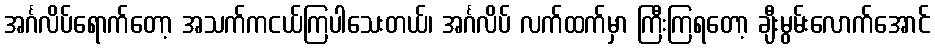
အင်္ဂလိပ်ရောက်တော့ အသက်ကငယ်ကြပါသေးတယ်၊ အင်္ဂလိပ် လက်ထက်မှာ ကြီးကြရတော့ ချီးမွမ်းလောက်အောင်